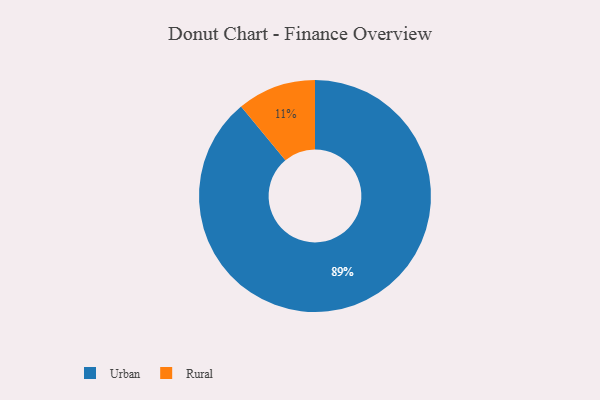
{"axis": {"x": "Category", "y": "Percentage"}, "legend": ["Rural", "Urban"], "data": [{"x": "Rural", "y": 11, "type": "Rural"}, {"x": "Urban", "y": 89, "type": "Urban"}]}